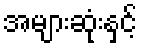
အများဆုံးနှင့်